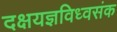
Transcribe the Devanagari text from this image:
दक्षयज्ञविध्वसंक